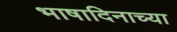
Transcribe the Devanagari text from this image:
भाषादिनाच्या